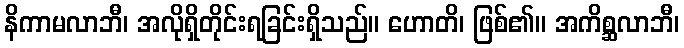
နိကာမလာဘီ၊ အလိုရှိတိုင်းရခြင်းရှိသည်။ ဟောတိ၊ ဖြစ်၏။ အကိစ္ဆလာဘီ၊